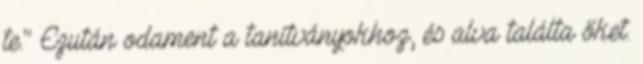
te.'' Ezután odament a tanítványokhoz, és alva találta őket.